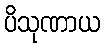
ပိသုဏာယ